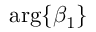
\mathrm { a r g } \{ \beta _ { 1 } \}